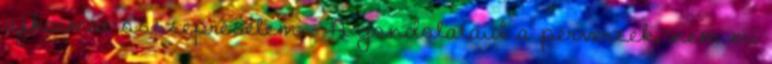
ajkaimat összepréselem. - A gondolataid a perverzek, nem mi